system: You are a helpful assistant.
user:
Analyze the provided spectrum to determine if it is a **S-type Star**.

- **Key Indicators for S-type Star:**

    - **(Overall Spectrum Shape):** The first and most obvious characteristic is the overall continuum (the "baseline" shape). It is **extremely "red-sloping,"** meaning the flux (light intensity) is very low on the left side (blue, ~4000-4500 Å) and rises steeply and continuously toward the right side (red, ~7000 Å+).

    - **(Primary):** The spectrum is defined by the presence of strong, broad molecular absorption "valleys" (bands) from **Zirconium Oxide (ZrO)**. The identification of these bands is the **primary requirement** for classifying a star as S-type.
        - **(Key Bandheads):** You must find distinct, deep "dips" where the light has been absorbed. The most critical band systems to locate are:
            - **~6474 Å** ($\gamma$-system): This is often the strongest and clearest ZrO feature, found in the red part of the spectrum.
            - **~5718 Å** & **~5551 Å** ($\beta$-system): A pair of prominent absorption features in the yellow-orange part of the spectrum.
            - **~4640 Å** ($\alpha$-system): A key absorption band system in the blue-green region of the spectrum.

    - **(Secondary Confirmation):** The classification is strengthened by finding additional absorption bands from other related heavy element oxides, which are expected to be present alongside ZrO.
        - **(Key Bandheads):**
            - **Yttrium Oxide (YO):** Look for absorption dips near **~4800 Å** and **~6100 Å**.
            - **Lanthanum Oxide (LaO):** Additional absorption features, particularly in the red-orange part of the spectrum, are also characteristic.

    - **(Line Profile):** The combination of the steep red continuum and these numerous, deep molecular bands (ZrO, YO, etc.) gives the entire spectrum a very **"chopped-up"** or **"bumpy"** appearance. Instead of a smooth curve, the spectrum looks as though large, wide chunks of light have been "carved out" of it at the specific wavelengths listed above.

Think first, call **spectral_visualization_tool** if needed to examine features in detail, then provide your final answer. Your response must adhere to the following strict rules:
1.  **Overall Structure:** Your response must follow the format `<think>...</think> <tool_call>...</tool_call> (if a tool is used) <answer>...</answer>`.
2.  **Tool Usage Constraint:** You may only make **one** tool call per turn.
3.  **Final Answer Format:** In the `<answer>` tag, your conclusion must be inside a `\boxed{}` command (e.g., `\boxed{YES}` or `\boxed{NO}`), followed by your justification.

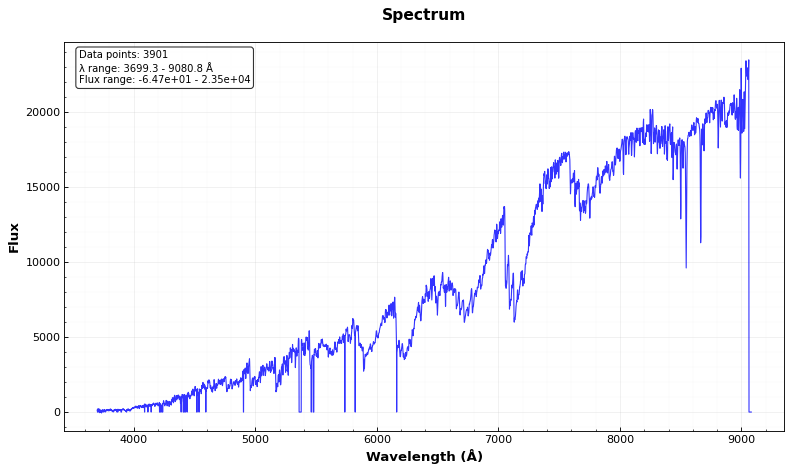
Answer: YES